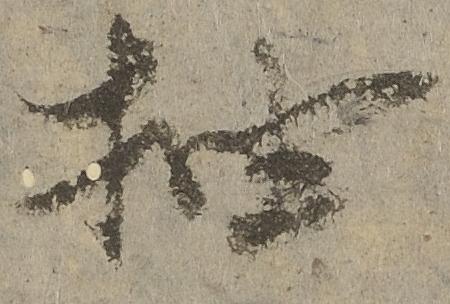
抽